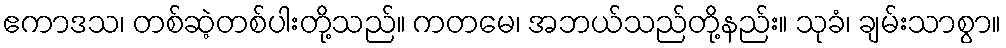
ဧကာဒသ၊ တစ်ဆဲ့တစ်ပါးတို့သည်။ ကတမေ၊ အဘယ်သည်တို့နည်း။ သုခံ၊ ချမ်းသာစွာ။